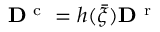
{ \bf D } ^ { \mathrm { ~ c ~ } } = h ( \bar { \xi } ) { \bf D } ^ { \mathrm { ~ r ~ } }